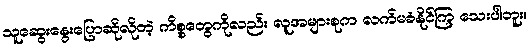
သူဆွေးနွေးပြောဆိုလိုတဲ့ ကိစ္စတွေကိုလည်း လူအများစုက လက်မခံနိုင်ကြ သေးပါဘူး။